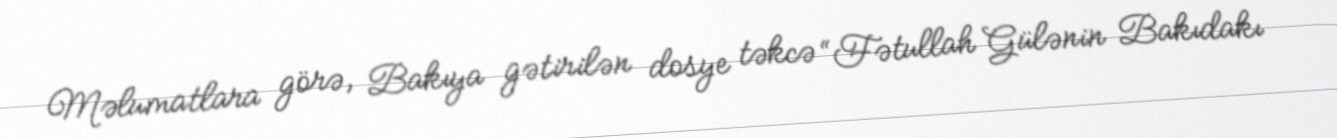
Məlumatlara görə, Bakıya gətirilən dosye təkcə “Fətullah Gülənin Bakıdakı